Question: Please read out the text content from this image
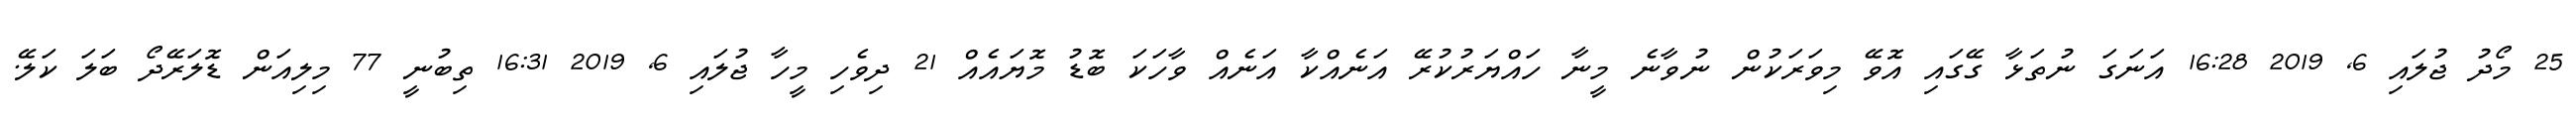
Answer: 25 މޯދު ޖުލައި 6, 2019 16:28 އަނަގަ ނުތަޅާ ގޭގައި އޮވޭ މިވަރަކުން ނުވާނެ މީނާ ހައްޔަރުކުރޭ އަނެއްކާ އަނެއް ވާހަކަ ބޮޑު މޮޔައެއް 21 ދިވެހި މީހާ ޖުލައި 6, 2019 16:31 ތިބުނީ 77 މިލިއަން ޑޮލަރޭދޯ ބަލަ ކަލޭ.